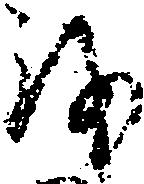
を